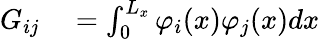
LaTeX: \begin{array}{rl}{G_{ij}}&{{}=\int_{0}^{L_{x}}\varphi_{i}(x)\varphi_{j}(x)dx}\end{array}